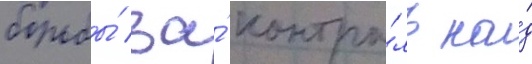
борьбы́ за́ контро́ль на́д